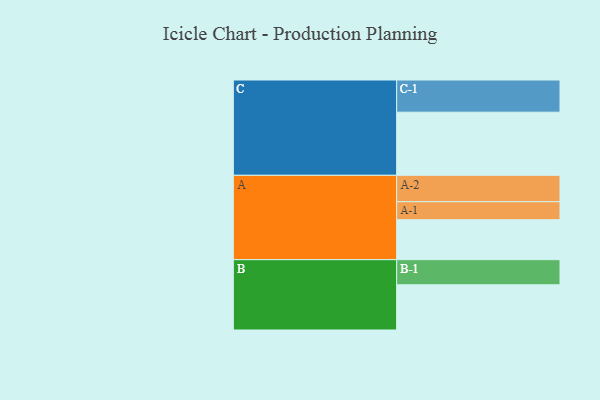
{"axis": {"x": "Segment", "y": "Value"}, "legend": ["", "A", "B", "C"], "data": [{"x": "A", "y": 350, "type": ""}, {"x": "B", "y": 396, "type": ""}, {"x": "C", "y": 553, "type": ""}, {"x": "A-1", "y": 158, "type": "A"}, {"x": "A-2", "y": 231, "type": "A"}, {"x": "B-1", "y": 220, "type": "B"}, {"x": "C-1", "y": 282, "type": "C"}]}